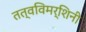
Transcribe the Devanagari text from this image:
तत्वविमर्शिनी